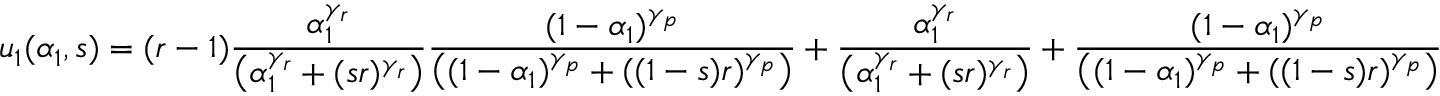
u _ { 1 } ( \alpha _ { 1 } , s ) = ( r - 1 ) \frac { \alpha _ { 1 } ^ { \gamma _ { r } } } { \left( \alpha _ { 1 } ^ { \gamma _ { r } } + ( s r ) ^ { \gamma _ { r } } \right) } \frac { ( 1 - \alpha _ { 1 } ) ^ { \gamma _ { p } } } { \left( ( 1 - \alpha _ { 1 } ) ^ { \gamma _ { p } } + ( ( 1 - s ) r ) ^ { \gamma _ { p } } \right) } + \frac { \alpha _ { 1 } ^ { \gamma _ { r } } } { \left( \alpha _ { 1 } ^ { \gamma _ { r } } + ( s r ) ^ { \gamma _ { r } } \right) } + \frac { ( 1 - \alpha _ { 1 } ) ^ { \gamma _ { p } } } { \left( ( 1 - \alpha _ { 1 } ) ^ { \gamma _ { p } } + ( ( 1 - s ) r ) ^ { \gamma _ { p } } \right) }